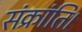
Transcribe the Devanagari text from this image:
संक्रांति।